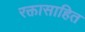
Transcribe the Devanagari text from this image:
रक्तासाहित